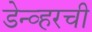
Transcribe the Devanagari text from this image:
डेन्व्हरची